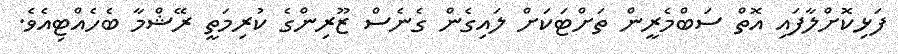
ފަޅިކޮށްލާފައި އޮތް ސަބްމެރީން ތަށްޓަކަށް ލައިގެން ގެނެސް ޒޫރިންގެ ކުރިމަތީ ރޭޝްމާ ބެހެއްޓިއެވެ.